Senior Leaving Certificate Examination (including Day School Certificate (Higher) General paper), 1948
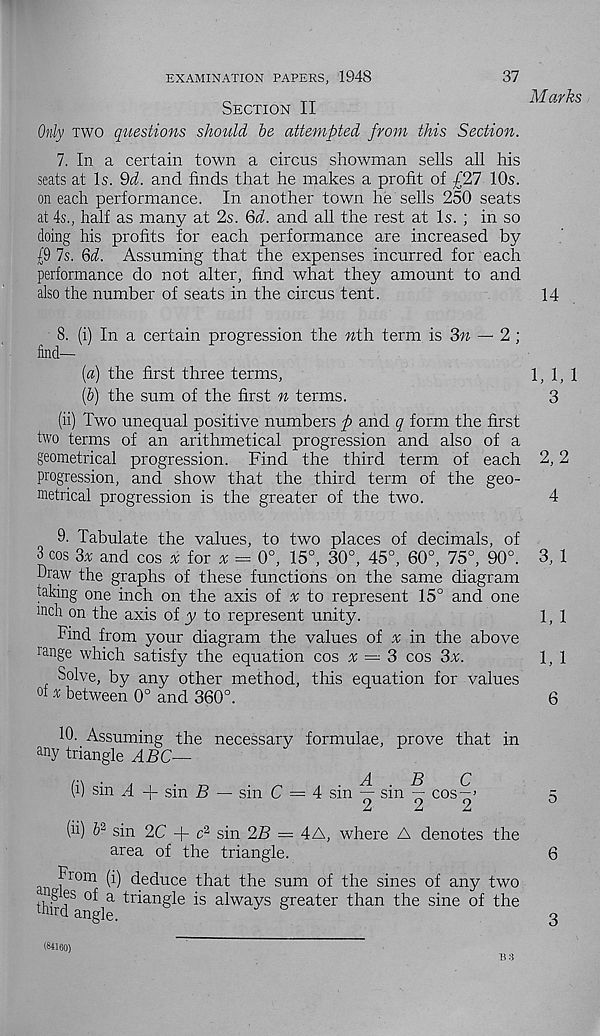
EXAMINATION PAPERS, 1948
37
Section II
Marks
Only two questions shoiild be attempted from this Section.
7. In a certain town a circus showman sells all his
seats at Is. 9d. and finds that he makes a profit of £27 10s.
on each performance. In another town he sells 250 seats
at 4s., half as many at 2s. Qd. and all the rest at Is. ; in so
doing his profits for each performance are increased by
£9 7s. 6i. Assuming that the expenses incurred for each
performance do not alter, find what they amount to and
also the number of seats in the circus tent.
14
8. (i) In a certain progression the nth term is
— 2;
find—
(a) the first three terms,
1,1,1
(b) the sum of the first n terms.
3
(ii) Two unequal positive numbers p and q form the first
two terms of an arithmetical progression and also of a
geometrical progression. Find the third term of each 2,2
progression, and show that the third term of the geo-
metrical progression is the greater of the two.
4
9. Tabulate the values, to two places of decimals, of
3 cos 3* and cos % tor x = 0°, 15°, 30°, 45°, 60°, 75°, 90°. 3, 1
Draw the graphs of these functions on the same diagram
faking one inch on the axis of a; to represent 15° and one
mch on the axis of y to represent unity.
1, 1
Find from your diagram the values of x in the above
range which satisfy the equation cos x —
cos 3v.
1,1
Solve, by any other method, this equation for values
oi * between 0° and 360°.
6
10. Assuming the necessary formulae, prove that in
any triangle ABC—
ABC
(i) sin A -|- sin £> — sin C — 4 sin — sin — cos-'
Z*
Lt
£
(ii) & 2 sin 2C -f- c 2 sin 2T> = 4A, where A denotes the
area of the triangle.
o-f 10111 ^ deduce that the sum of the sines of any two
thud 8 °^i a ^a n^e
alwa y s greater than the sine of the
5
6
3
B 3
(84160)